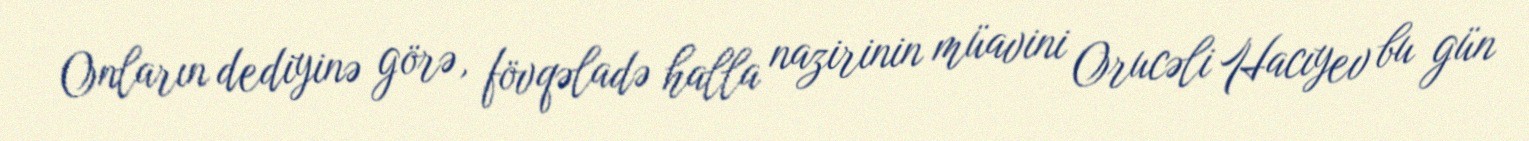
Onların dediyinə görə, fövqəladə halla nazirinin müavini Orucəli Hacıyev bu gün